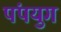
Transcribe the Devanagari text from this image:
पंपयुग